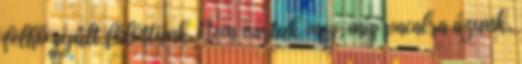
felhő gyűlt fölöttünk. Nem vártuk meg, míg pacalra ázunk,